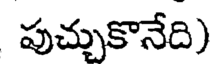
పుచ్చుకొనేది)